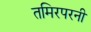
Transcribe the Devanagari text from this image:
तमिरपरनी